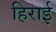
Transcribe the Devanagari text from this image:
हिराई